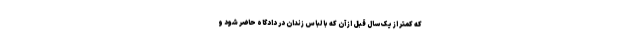
که کمتر از یک سال قبل از آن که با لباس زندان در دادگاه حاضر شود و